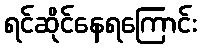
ရင်ဆိုင်နေရကြောင်း